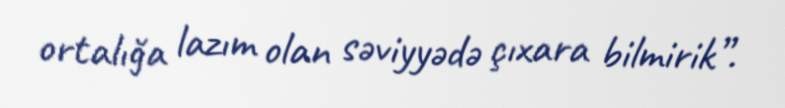
ortalığa lazım olan səviyyədə çıxara bilmirik”.